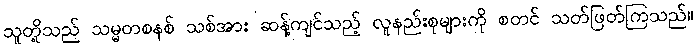
သူတို့သည် သမ္မတစနစ် သစ်အား ဆန့်ကျင်သည့် လူနည်းစုများကို စတင် သတ်ဖြတ်ကြသည်။